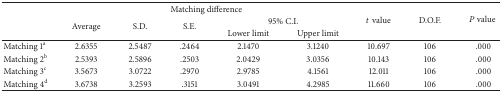
<table><thead><tr><td rowspan="3"><b> </b></td><td colspan="5"><b>Matching difference</b></td><td rowspan="3"><b><i>t</i> value</b></td><td rowspan="3"><b>D.O.F.</b></td><td rowspan="3"><b><i>P</i> value </b></td></tr><tr><td rowspan="2"><b>Average</b></td><td rowspan="2"><b>S.D.</b></td><td rowspan="2"><b>S.E.</b></td><td colspan="2"><b>95% C.I.</b></td></tr><tr><td><b>Lower limit</b></td><td><b>Upper limit</b></td></tr></thead><tbody><tr><td>Matching 1<sup>a</sup></td><td>2.6355</td><td>2.5487</td><td>.2464</td><td>2.1470</td><td>3.1240</td><td>10.697</td><td>106</td><td>.000</td></tr><tr><td>Matching 2<sup>b</sup></td><td>2.5393</td><td>2.5896</td><td>.2503</td><td>2.0429</td><td>3.0356</td><td>10.143</td><td>106</td><td>.000</td></tr><tr><td>Matching 3<sup>c</sup></td><td>3.5673</td><td>3.0722</td><td>.2970</td><td>2.9785</td><td>4.1561</td><td>12.011</td><td>106</td><td>.000</td></tr><tr><td>Matching 4<sup>d</sup></td><td>3.6738</td><td>3.2593</td><td>.3151</td><td>3.0491</td><td>4.2985</td><td>11.660</td><td>106</td><td>.000</td></tr></tbody></table>